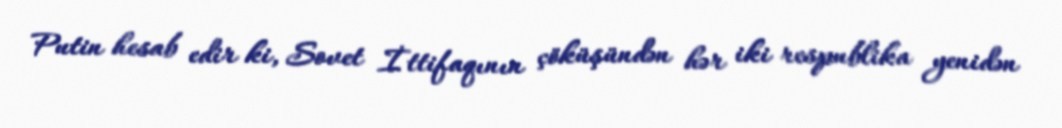
Putin hesab edir ki, Sovet İttifaqının çöküşündən hər iki respublika yenidən